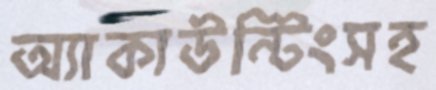
অ্যাকাউন্টিংসহ